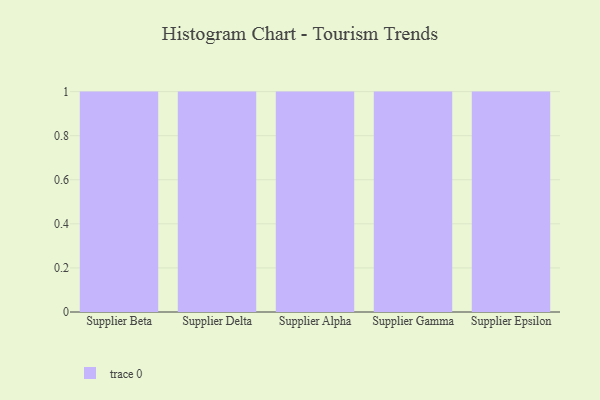
{"axis": {"x": "Supplier", "y": "Satisfaction Score"}, "legend": [""], "data": [{"x": "Supplier Beta", "y": 23, "type": ""}, {"x": "Supplier Delta", "y": 95, "type": ""}, {"x": "Supplier Alpha", "y": 73, "type": ""}, {"x": "Supplier Gamma", "y": 12, "type": ""}, {"x": "Supplier Epsilon", "y": 19, "type": ""}]}